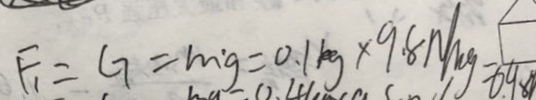
F _ { 1 } = G = m ^ { \prime } g = 0 . 1 k g \times 9 . 8 N / k g = 0 . 9 8